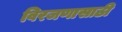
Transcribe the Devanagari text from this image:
विरजणासाठी